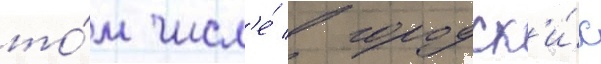
то́м числ'е́ в городск'и́х